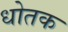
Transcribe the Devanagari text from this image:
धोतक